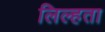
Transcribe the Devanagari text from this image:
लिल्हता